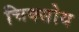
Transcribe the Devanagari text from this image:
चिक्सोय